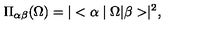
\Pi _ { \alpha \beta } ( \Omega ) = | < \alpha \mid \Omega | \beta > \mid ^ { 2 } ,